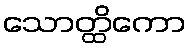
သောတ္ထိကော